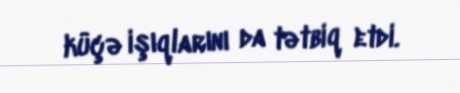
küçə işıqlarını da tətbiq etdi.